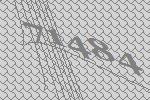
71484